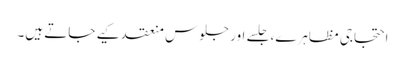
احتجاجی مظاہرے، جلسے اور جلوس منعقد کیے جاتے ہیں۔